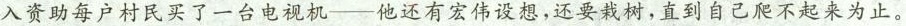
入资助每户村民买了一台电视机——他还有宏伟设想，还要栽树，直到自己爬不起来为止。